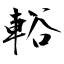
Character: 輍